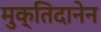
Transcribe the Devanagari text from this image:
मुक्तिदानेन